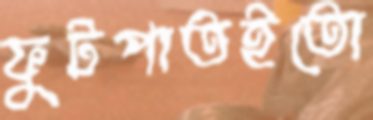
ফুটপাতইতো